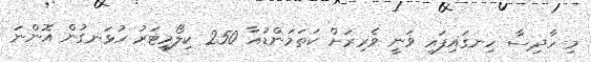
މި ހާދިސާ ހިނގައިފައި ވަނީ ވެރިރަށް ކަތަމަންޑުއާ 250 ކިލޯމީޓަރު ހުޅަނގުން އޮންނަ